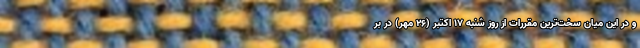
و در این میان سخت‌ترین مقررات از روز شنبه ۱۷ اکتبر (۲۶ مهر) در بر